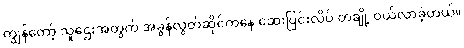
ကျွန်တော့် သူဌေးအတွက် အခွန်လွတ်ဆိုင်ကနေ ဆေးပြင်းလိပ် တချို့ ဝယ်လာခဲ့တယ်။